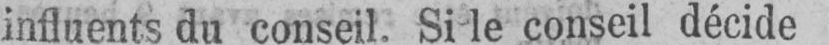
influents du conseil. Si le conseil décide